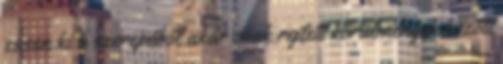
essen ki a szerepéből akár csak rejtett körülmények között